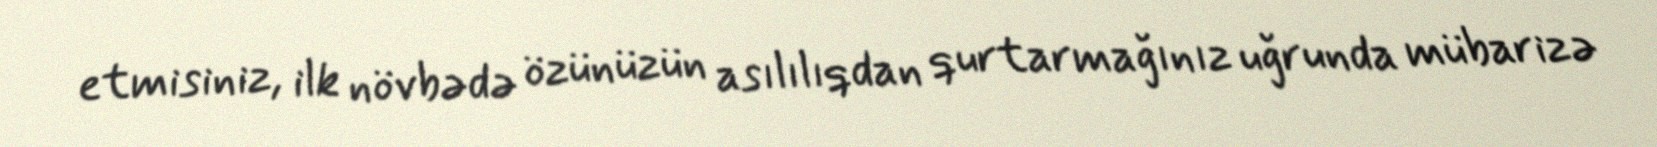
etmisiniz, ilk növbədə özünüzün asılılıqdan qurtarmağınız uğrunda mübarizə